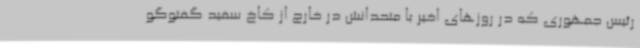
رئیس جمهوری که در روزهای اخیر با متحدانش در خارج از کاخ سفید گفتوگو